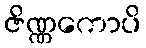
ဇိဏ္ဏကောပိ